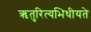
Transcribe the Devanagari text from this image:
ऋतुरित्यभिधीयते